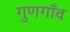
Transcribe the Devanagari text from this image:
गुणगाँव